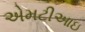
એમટીઆઇ